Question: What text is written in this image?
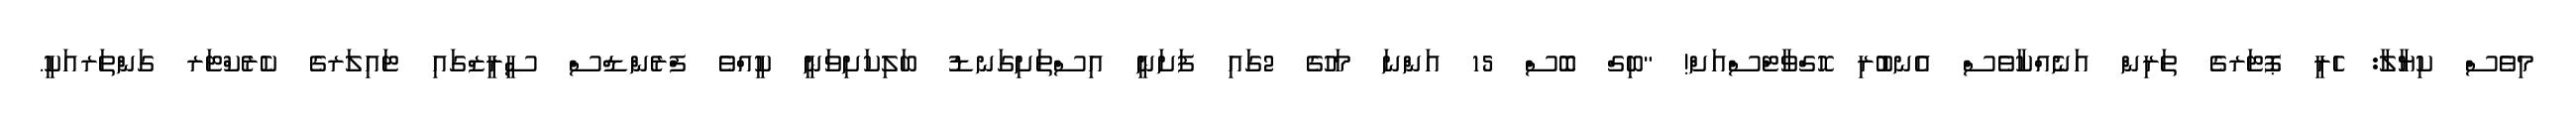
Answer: މިވެސް ކިޔާލާ: ހެރީ ޕޮޓަރގެ ތަރިން އަނެއްކާވެސް އެނބުރި ހޮގްވާޓްސްއަށް! "ބިގް ބޮސް 15 އަންނަ މަހުގެ 2ގައި ފަށަނީ އިސްތަށިގަނޑު ބަލިކަށިވަނީ ކީއްވެ ފްރެންޑްސް ސީރީޒްގައި ޓައިލަރގެ ކެރެކްޓަރ ގަންތަރއަކީ.